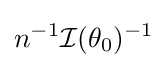
n^{-1}{\mathcal {I}}(\theta _{0})^{-1}